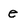
Character: e